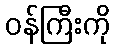
ဝန်ကြီးကို